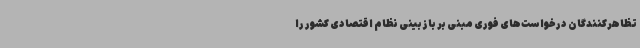
تظاهرکنندگان درخواست‌های فوری مبنی بر بازبینی نظام اقتصادی کشور را